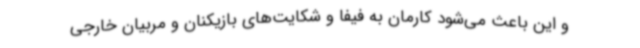
و این باعث می‌شود کارمان به فیفا و شکایت‌های بازیکنان و مربیان خارجی